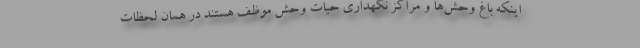
اینکه باغ‌ وحش‌ها و مراکز نگهداری حیات وحش موظف هستند در همان لحظات